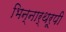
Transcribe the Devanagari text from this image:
भिन्‍नार्थरूपी